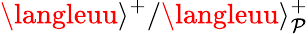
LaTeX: \langleuu\rangle^{+}/\langleuu\rangle_{\mathcal{P}}^{+}